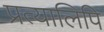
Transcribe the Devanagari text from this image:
प्रत्यालिपि